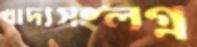
খাদ্যসংলগ্ন